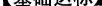
2.My grandmother has two\underline(daughter).